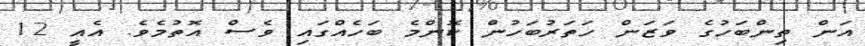
އަން ތިންބަހުގެ ވަޒަން ހަތަރުބަހުން ކޮންމެ ބަހެއްގައި ވެސް އޮތުމެވެ. އެއީ 12